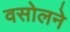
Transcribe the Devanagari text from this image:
वसोलने